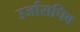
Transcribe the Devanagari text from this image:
उर्जासचिव